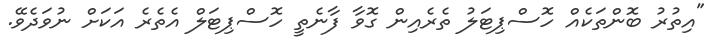
"އިތުރު ބޮންތަކެއް ހޮސްޕިޓަލު ތެރެއިން ގޮވާ ފާނެތީ ހޮސްޕިޓަލް އެތެރެ އަކަށް ނުވަދެވޭ.